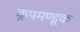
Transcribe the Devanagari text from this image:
कूपमण्डूक